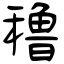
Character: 穞